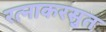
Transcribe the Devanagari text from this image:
रत्नाकरसुत